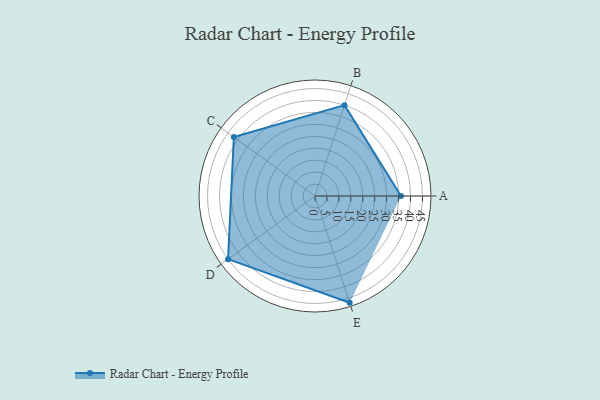
{"axis": {"x": "Skill", "y": "Score"}, "legend": ["Profile"], "data": [{"x": "A", "y": 36.0, "type": "Profile"}, {"x": "B", "y": 40.0, "type": "Profile"}, {"x": "C", "y": 42.0, "type": "Profile"}, {"x": "D", "y": 45.0, "type": "Profile"}, {"x": "E", "y": 47.0, "type": "Profile"}]}